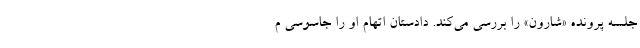
جلسه پرونده «شارون» را بررسی می‌کند. دادستان اتهام او را جاسوسی م